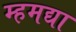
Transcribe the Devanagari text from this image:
म्हमद्या